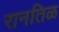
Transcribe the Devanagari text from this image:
रानतिळ